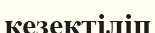
кезектіліп